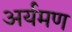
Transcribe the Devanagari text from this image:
अर्यमण